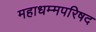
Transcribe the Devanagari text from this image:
महाधम्मपरिषद